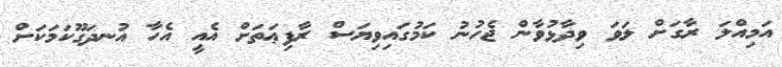
އަމިއްލަ ރާގަށް ލަވަ ވިދާޅުވާން ޖެހުނު ކަމުގައިވިޔަސް ރާފިޢަތަށް އެއީ އެހާ އުނދަގޫކަމަކަށް